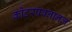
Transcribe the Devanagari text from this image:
कोटरपवनानल